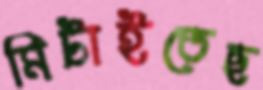
মিটাইতেছ